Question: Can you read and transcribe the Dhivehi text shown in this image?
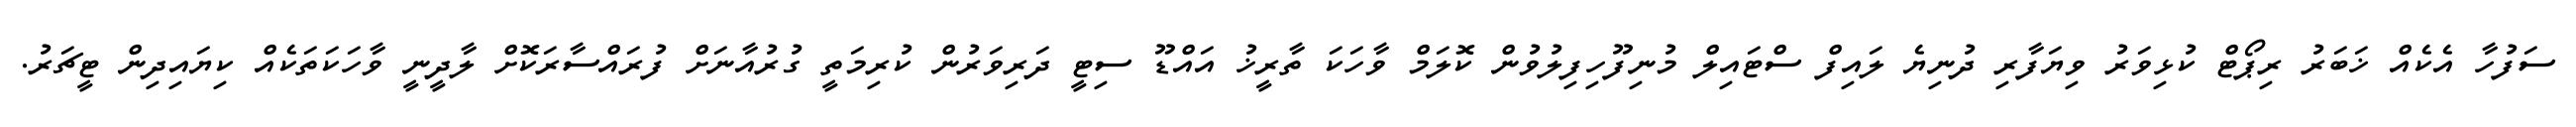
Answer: ސަފުހާ އެކެއް ޚަބަރު ރިޕޯޓް ކުޅިވަރު ވިޔަފާރި ދުނިޔެ ލައިފް ސްޓައިލް މުނިފޫހިފިލުވުން ކޮލަމް ވާހަކަ ތާރީޚު އައްޑޫ ސިޓީ ދަރިވަރުން ކުރިމަތީ ގުރުއާނަށް ފުރައްސާރަކޮށް ލާދީނީ ވާހަކަތަކެއް ކިޔައިދިން ޓީޗަރު.